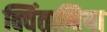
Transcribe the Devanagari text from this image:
क्विंतानिया